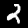
Label: 2